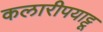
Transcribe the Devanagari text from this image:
कलारीपयाट्टू